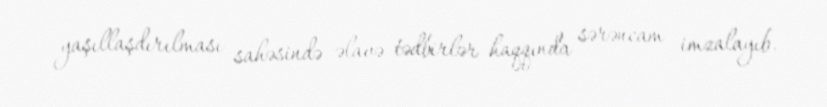
yaşıllaşdırılması sahəsində əlavə tədbirlər haqqında sərəncam imzalayıb.